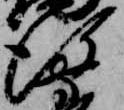
後